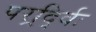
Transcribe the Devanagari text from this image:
परर्र्द्विः